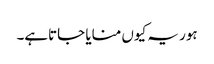
ہور یہ کیوں منایا جاتاہے۔